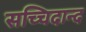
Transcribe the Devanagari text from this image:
सच्चिदान्द